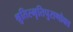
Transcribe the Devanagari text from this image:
श्रुतिस्मृतिपुराणोक्त